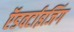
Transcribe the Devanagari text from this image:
ऍडवर्टाइजिंग